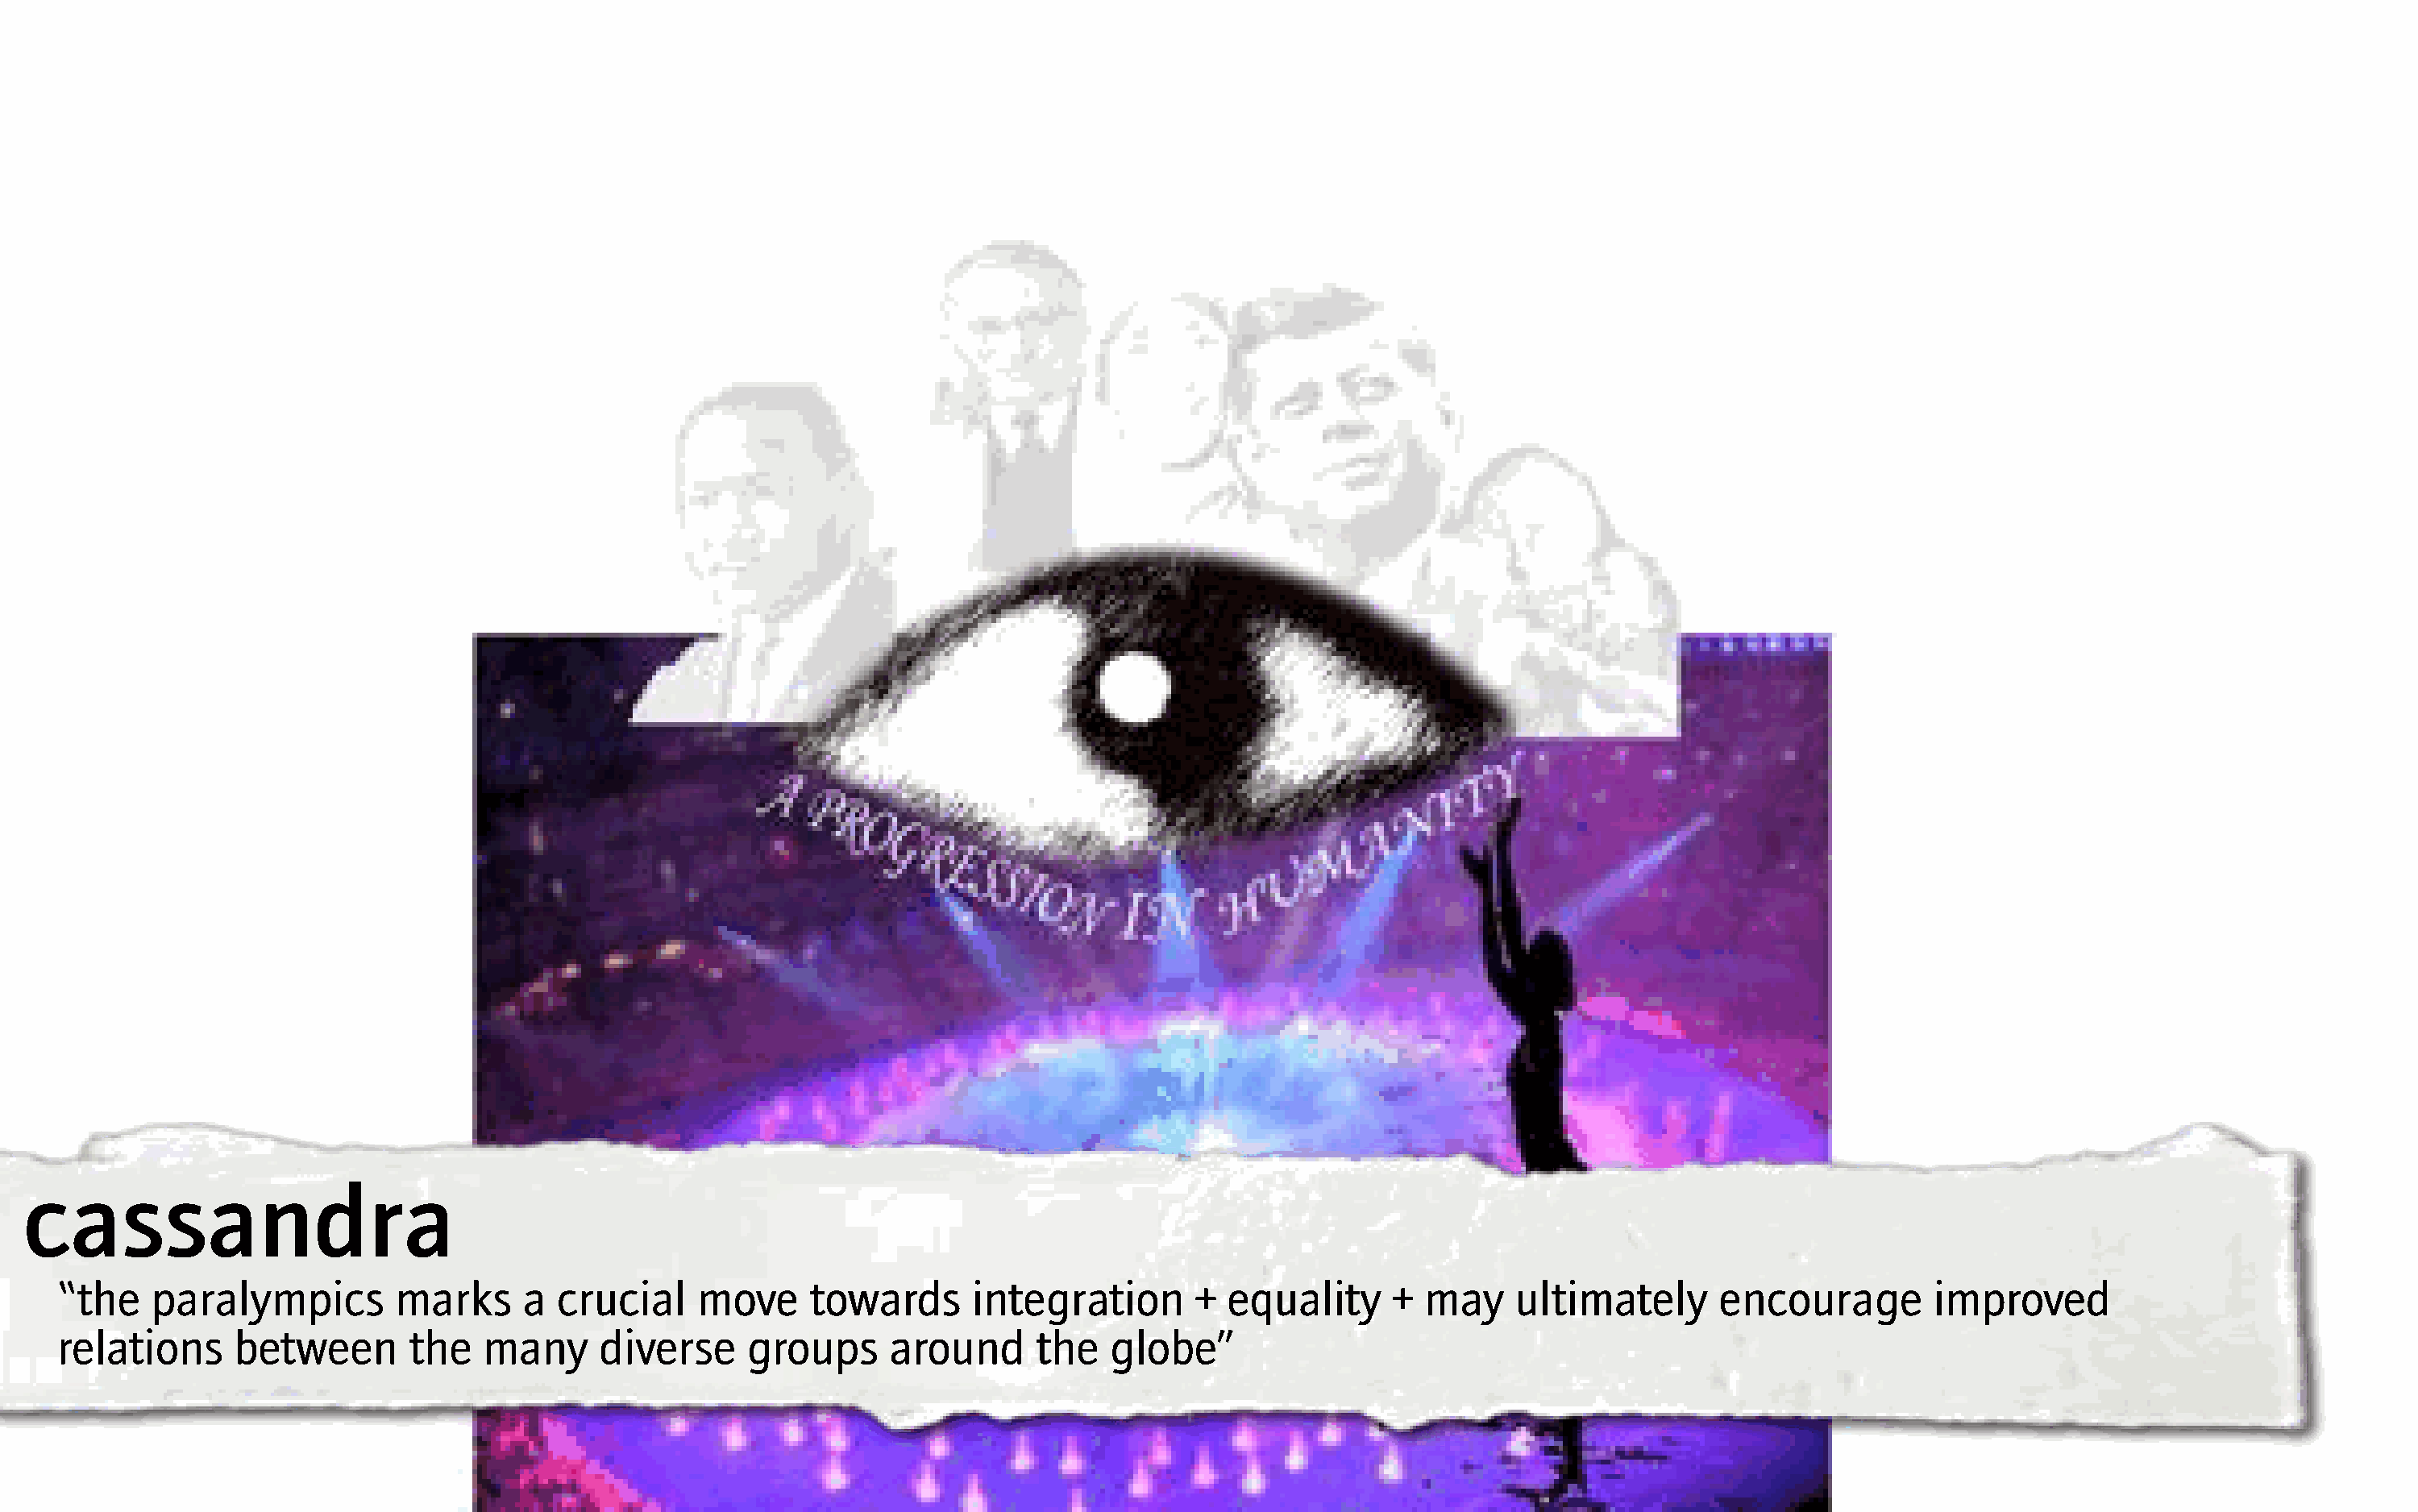
cassandra
 “the   paralympics         marks      a  crucial    move     towards       integration       +  equality     +  may    ultimately       encourage         improved
 relations     between        the   many     diverse     groups      around      the   globe”